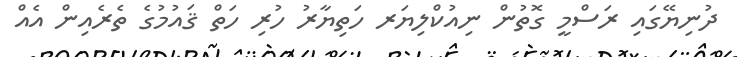
ދުނިޔޭގައި ރަސްމީ ގޮތުން ނިއުކްލިޔަރ ހަތިޔާރު ހުރި ހަތް ޤައުމުގެ ތެރެއިން އެއް